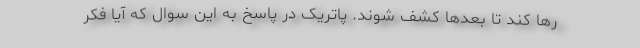
رها کند تا بعدها کشف شوند. پاتریک در پاسخ به این سوال که آیا فکر